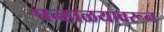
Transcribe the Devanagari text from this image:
पन्हाळयावरून